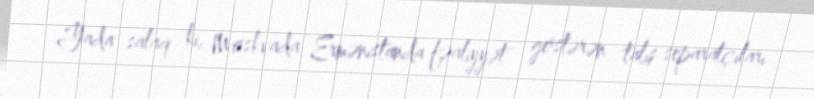
Yada salaq ki, Moskvada Ermənistanda fəaliyyət göstərən talış separatçıları